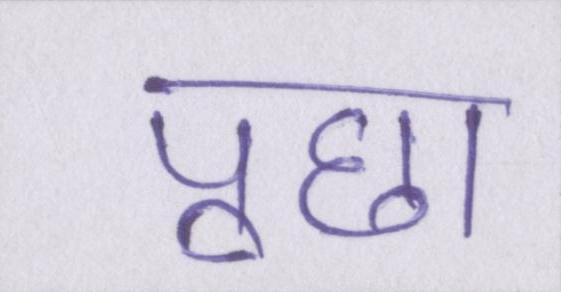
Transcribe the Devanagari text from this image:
पूछा